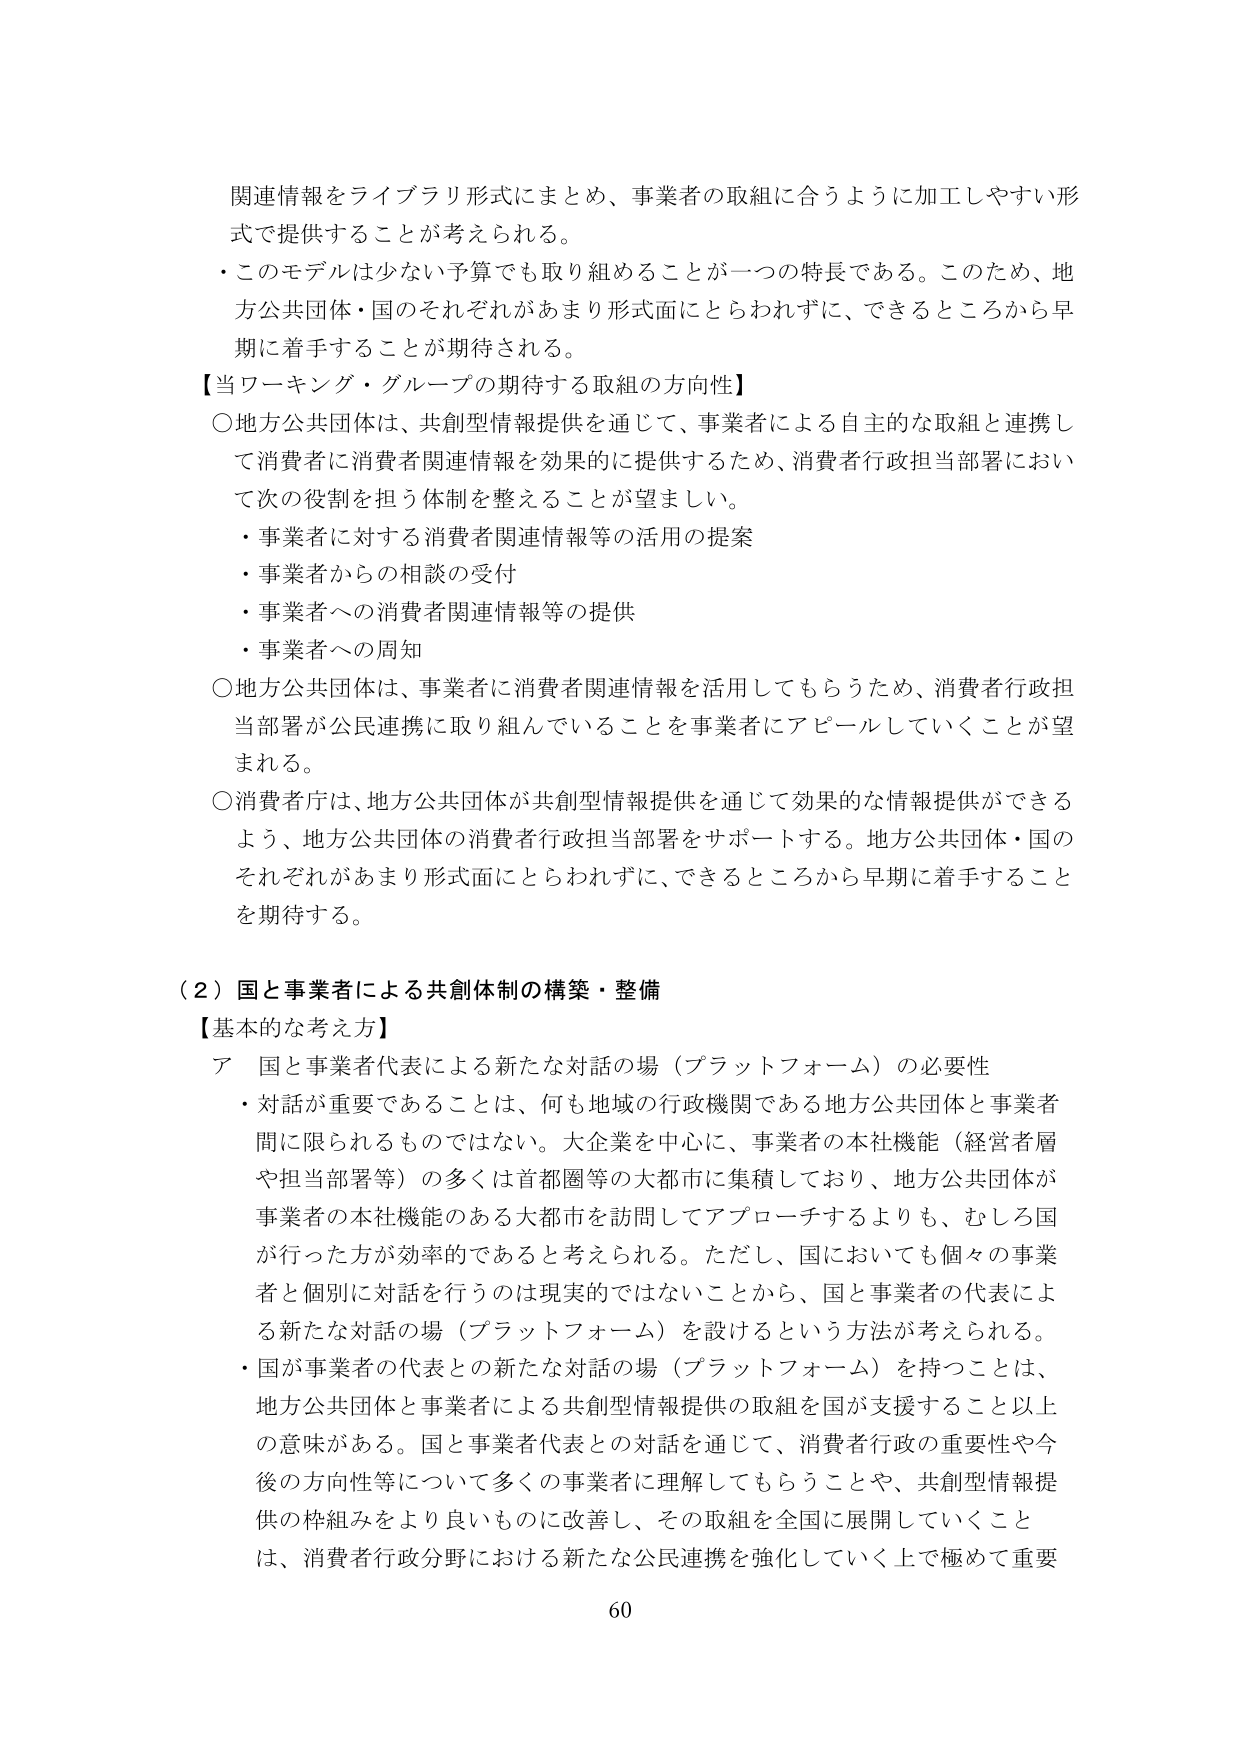
関連情報をライブラリ形式にまとめ、事業者の取組に合うように加工しやすい形
式で提供することが考えられる。
・このモデルは少ない予算でも取り組めることが一つの特長である。このため、地
方公共団体・国のそれぞれがあまり形式面にとらわれずに、できるところから早
期に着手することが期待される。
【当ワーキング・グループの期待する取組の方向性】
○地方公共団体は、共創型情報提供を通じて、事業者による自主的な取組と連携し
て消費者に消費者関連情報を効果的に提供するため、消費者行政担当部署におい
て次の役割を担う体制を整えることが望ましい。
・事業者に対する消費者関連情報等の活用の提案
・事業者からの相談の受付
・事業者への消費者関連情報等の提供
・事業者への周知
○地方公共団体は、事業者に消費者関連情報を活用してもらうため、消費者行政担
当部署が公民連携に取り組んでいることを事業者にアピールしていくことが望
まれる。
○消費者庁は、地方公共団体が共創型情報提供を通じて効果的な情報提供ができる
よう、地方公共団体の消費者行政担当部署をサポートする。地方公共団体・国の
それぞれがあまり形式面にとらわれずに、できるところから早期に着手すること
を期待する。

（２）国と事業者による共創体制の構築・整備
【基本的な考え方】
ア 国と事業者代表による新たな対話の場（プラットフォーム）の必要性
・対話が重要であることは、何も地域の行政機関である地方公共団体と事業者
間に限られるものではない。大企業を中心に、事業者の本社機能（経営者層
や担当部署等）の多くは首都圏等の大都市に集積しており、地方公共団体が
事業者の本社機能のある大都市を訪問してアプローチするよりも、むしろ国
が行った方が効率的であると考えられる。ただし、国においても個々の事業
者と個別に対話を行うのは現実的ではないことから、国と事業者の代表によ
る新たな対話の場（プラットフォーム）を設けるという方法が考えられる。
・国が事業者の代表との新たな対話の場（プラットフォーム）を持つことは、
地方公共団体と事業者による共創型情報提供の取組を国が支援すること以上
の意味がある。国と事業者代表との対話を通じて、消費者行政の重要性や今
後の方針性等について多くの事業者に理解してもらうことや、共創型情報提
供の枠組みをより良いものに改善し、その取組を全国に展開していくこと
は、消費者行政分野における新たな公民連携を強化していく上で極めて重要
60